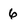
Character: 6